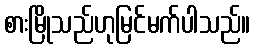
စားမြိုသည်ဟုမြင်မက်ပါသည်။